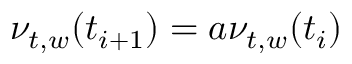
\nu _ { t , w } ( t _ { i + 1 } ) = a \nu _ { t , w } ( t _ { i } )